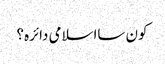
کون سااسلامی دائرہ؟